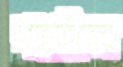
গাহাইতেব